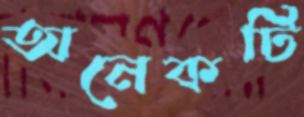
অনেকটি